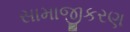
સામાજીકરણ